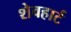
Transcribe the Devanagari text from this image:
शेवहार्ट